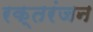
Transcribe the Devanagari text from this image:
रक्तरंजन